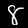
Digit: 8